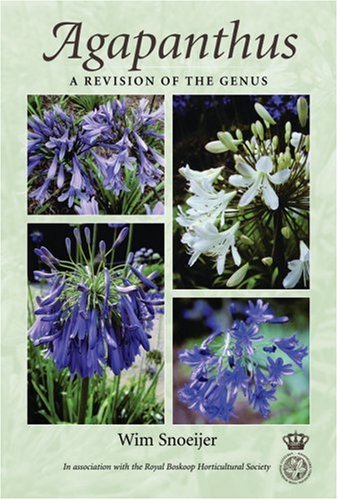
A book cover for Agapanthus: A Revision of the Genus; Wim Snoeijer; Science & Math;